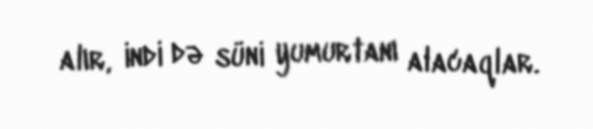
alır, indi də süni yumurtanı alacaqlar.